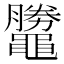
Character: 𪓺